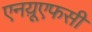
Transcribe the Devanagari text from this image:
एनय़ूएफसी